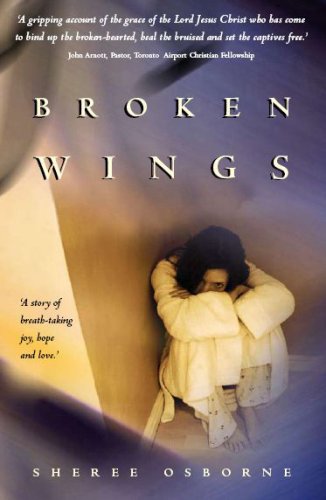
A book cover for Broken Wings; Sheree Osborne; Christian Books & Bibles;